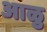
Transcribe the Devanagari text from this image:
आळु